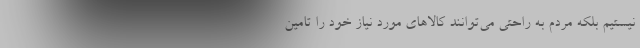
نیستیم بلکه مردم به راحتی می‌توانند کالاهای مورد نیاز خود را تامین